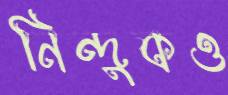
নিন্দুকও